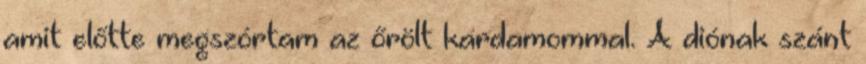
amit előtte megszórtam az őrölt kardamommal. A diónak szánt